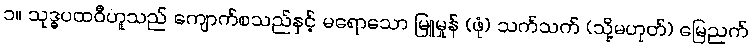
၁။ သုဒ္ဓပထဝီဟူသည် ကျောက်စသည်နှင့် မရောသော မြူမှုန် (ဖုံ) သက်သက် (သို့မဟုတ်) မြေညက်